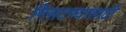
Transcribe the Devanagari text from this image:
निसटण्यासाठी